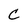
Character: C